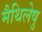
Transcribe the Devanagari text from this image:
मैथिलेषु